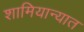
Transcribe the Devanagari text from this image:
शामियान्यात